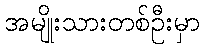
အမျိုးသားတစ်ဦးမှာ